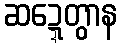
ဆဍ္ဍေတွာန